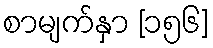
စာမျက်နှာ [၁၅၆]